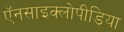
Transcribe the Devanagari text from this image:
ऍनसाइक्लोपीडिया